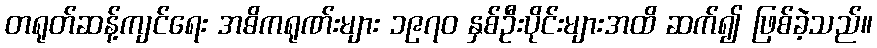
တရုတ်ဆန့်ကျင်ရေး အဓိကရုဏ်းများ ၁၉၇၀ နှစ်ဦးပိုင်းများအထိ ဆက်၍ ဖြစ်ခဲ့သည်။